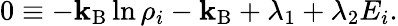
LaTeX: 0\equiv-\mathbf{k}_{\mathrm{{B}}}\ln\rho_{i}-\mathbf{k}_{\mathrm{{B}}}+\lambda_{1}+\lambda_{2}E_{i}.